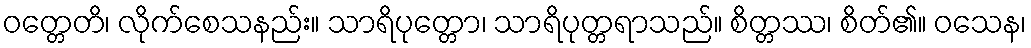
ဝတ္တေတိ၊ လိုက်စေသနည်း။ သာရိပုတ္တော၊ သာရိပုတ္တရာသည်။ စိတ္တဿ၊ စိတ်၏။ ဝသေန၊